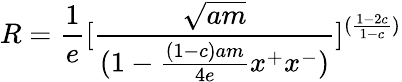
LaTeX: R={\frac{1}{e}}[{\frac{\sqrt{am}}{(1-{\frac{(1-c)am}{4e}}x^{+}x^{-})}}]^{({\frac{1-2c}{1-c}})}